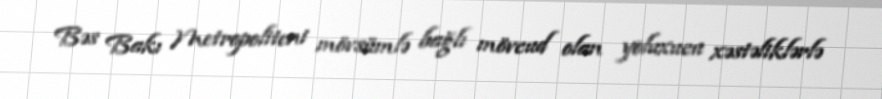
Bəs Bakı Metropoliteni mövsümlə bağlı mövcud olan yoluxucu xəstəliklərlə